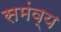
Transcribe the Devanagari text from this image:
समंव्य